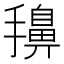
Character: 𭢷